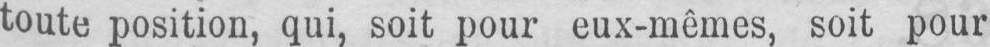
toute position, qui, soit pour eux-mêmes, soit pour